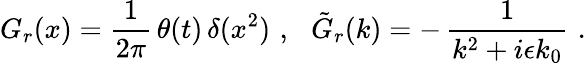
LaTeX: G_{r}(x)=\frac{1}{2\pi}\, \theta(t)\, \delta(x^{2})\, \, ,\, \, \, \, \tilde{G}_{r}(k)=-\, \frac{1}{k^{2}+i\epsilon k_{0}}\, \, .